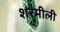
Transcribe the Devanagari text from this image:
शरमीली